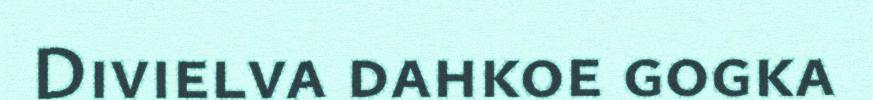
Divielva dahkoe gogka